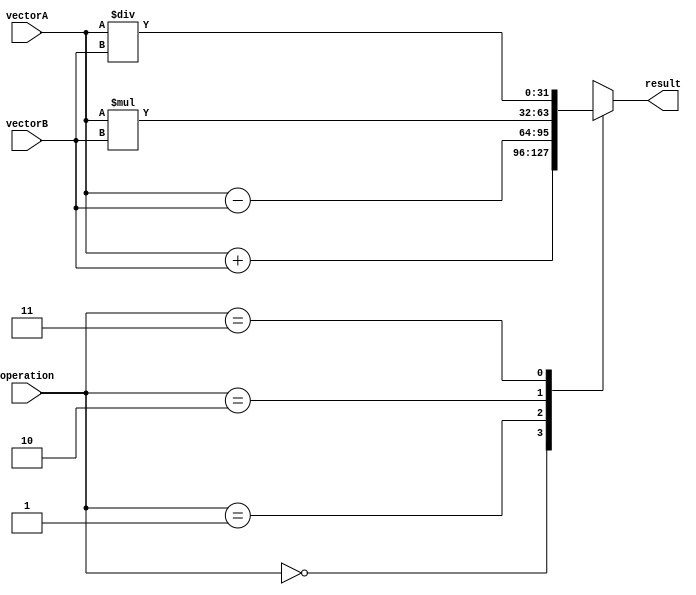
module VectorALU (
  input wire [31:0] vectorA,
  input wire [31:0] vectorB,
  input wire [1:0] operation, // 00: addition, 01: subtraction, 10: multiplication, 11: division
  output wire [31:0] result
);

  always @(*) begin
    case(operation)
      2'b00: result = vectorA + vectorB; // Addition
      2'b01: result = vectorA - vectorB; // Subtraction
      2'b10: result = vectorA * vectorB; // Multiplication
      2'b11: result = vectorA / vectorB; // Division
    endcase
  end

endmodule